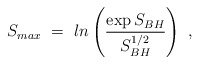
\begin{align*}S_{max}~=~ln \left( {\exp{S_{BH}} \over S_{BH}^{1/2} } \right)~,\end{align*}